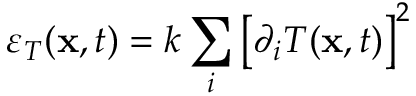
\varepsilon _ { T } ( \mathbf { x } , t ) = k \sum _ { i } \left[ \partial _ { i } T ( \mathbf { x } , t ) \right] ^ { 2 }